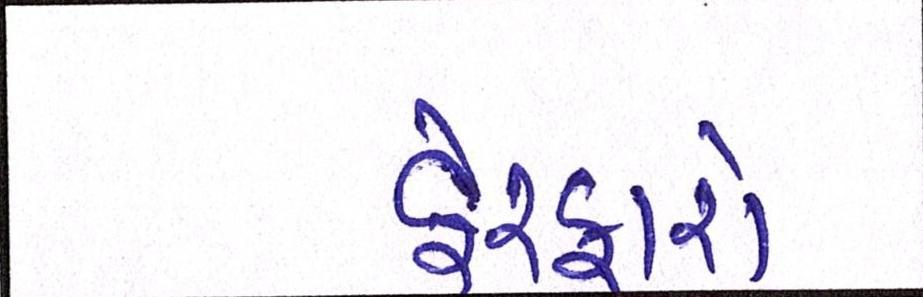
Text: ફેરફારો